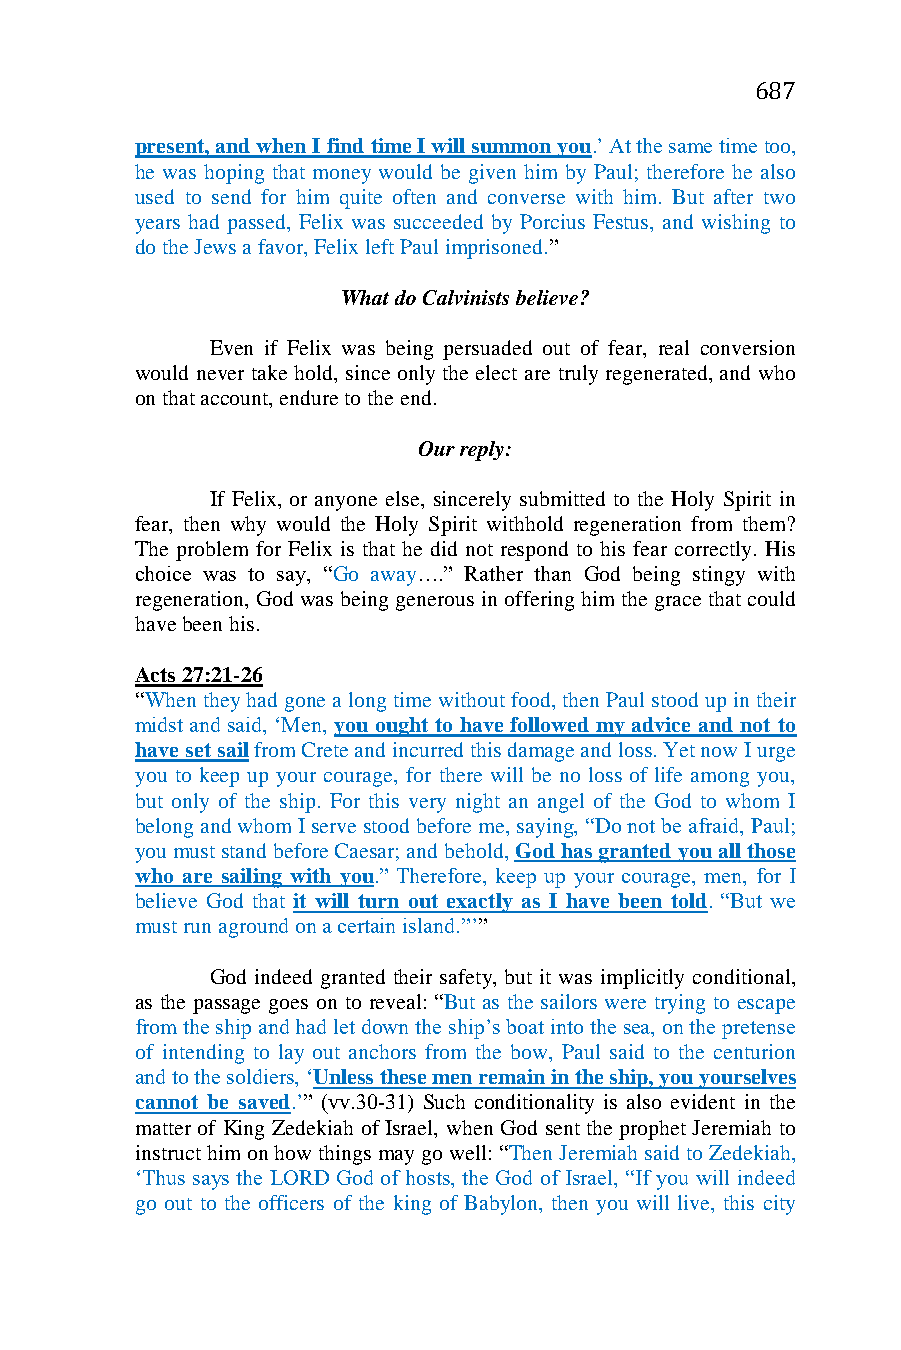
687
 present, and when I find time I will summon you.’ At the same time too,
 he was hoping that money would be given him by Paul; therefore he also
 used to send for him quite often and converse with him. But after two
 years had passed, Felix was succeeded by Porcius Festus, and wishing to
 do the Jews a favor, Felix left Paul imprisoned.”
 What do Calvinists believe?
 Even if Felix was being persuaded out of fear, real conversion
 would never take hold, since only the elect are truly regenerated, and who
 on that account, endure to the end.
 Our reply:
 If Felix, or anyone else, sincerely submitted to the Holy Spirit in
 fear, then why would the Holy Spirit withhold regeneration from them?
 The problem for Felix is that he did not respond to his fear correctly. His
 choice was to say, “Go away….” Rather than God being stingy with
 regeneration, God was being generous in offering him the grace that could
 have been his.
 Acts 27:21-26
 “When they had gone a long time without food, then Paul stood up in their
 midst and said, ‘Men, you ought to have followed my advice and not to
 have set sail from Crete and incurred this damage and loss. Yet now I urge
 you to keep up your courage, for there will be no loss of life among you,
 but only of the ship. For this very night an angel of the God to whom I
 belong and whom I serve stood before me, saying, “Do not be afraid, Paul;
 you must stand before Caesar; and behold, God has granted you all those
 who are sailing with you.” Therefore, keep up your courage, men, for I
 believe God that it will turn out exactly as I have been told. “But we
 must run aground on a certain island.”’”
 God indeed granted their safety, but it was implicitly conditional,
 as the passage goes on to reveal: “But as the sailors were trying to escape
 from the ship and had let down the ship’s boat into the sea, on the pretense
 of intending to lay out anchors from the bow, Paul said to the centurion
 and to the soldiers, ‘Unless these men remain in the ship, you yourselves
 cannot be saved.’” (vv.30-31) Such conditionality is also evident in the
 matter of King Zedekiah of Israel, when God sent the prophet Jeremiah to
 instruct him on how things may go well: “Then Jeremiah said to Zedekiah,
 ‘Thus says the LORD God of hosts, the God of Israel, “If you will indeed
 go out to the officers of the king of Babylon, then you will live, this city